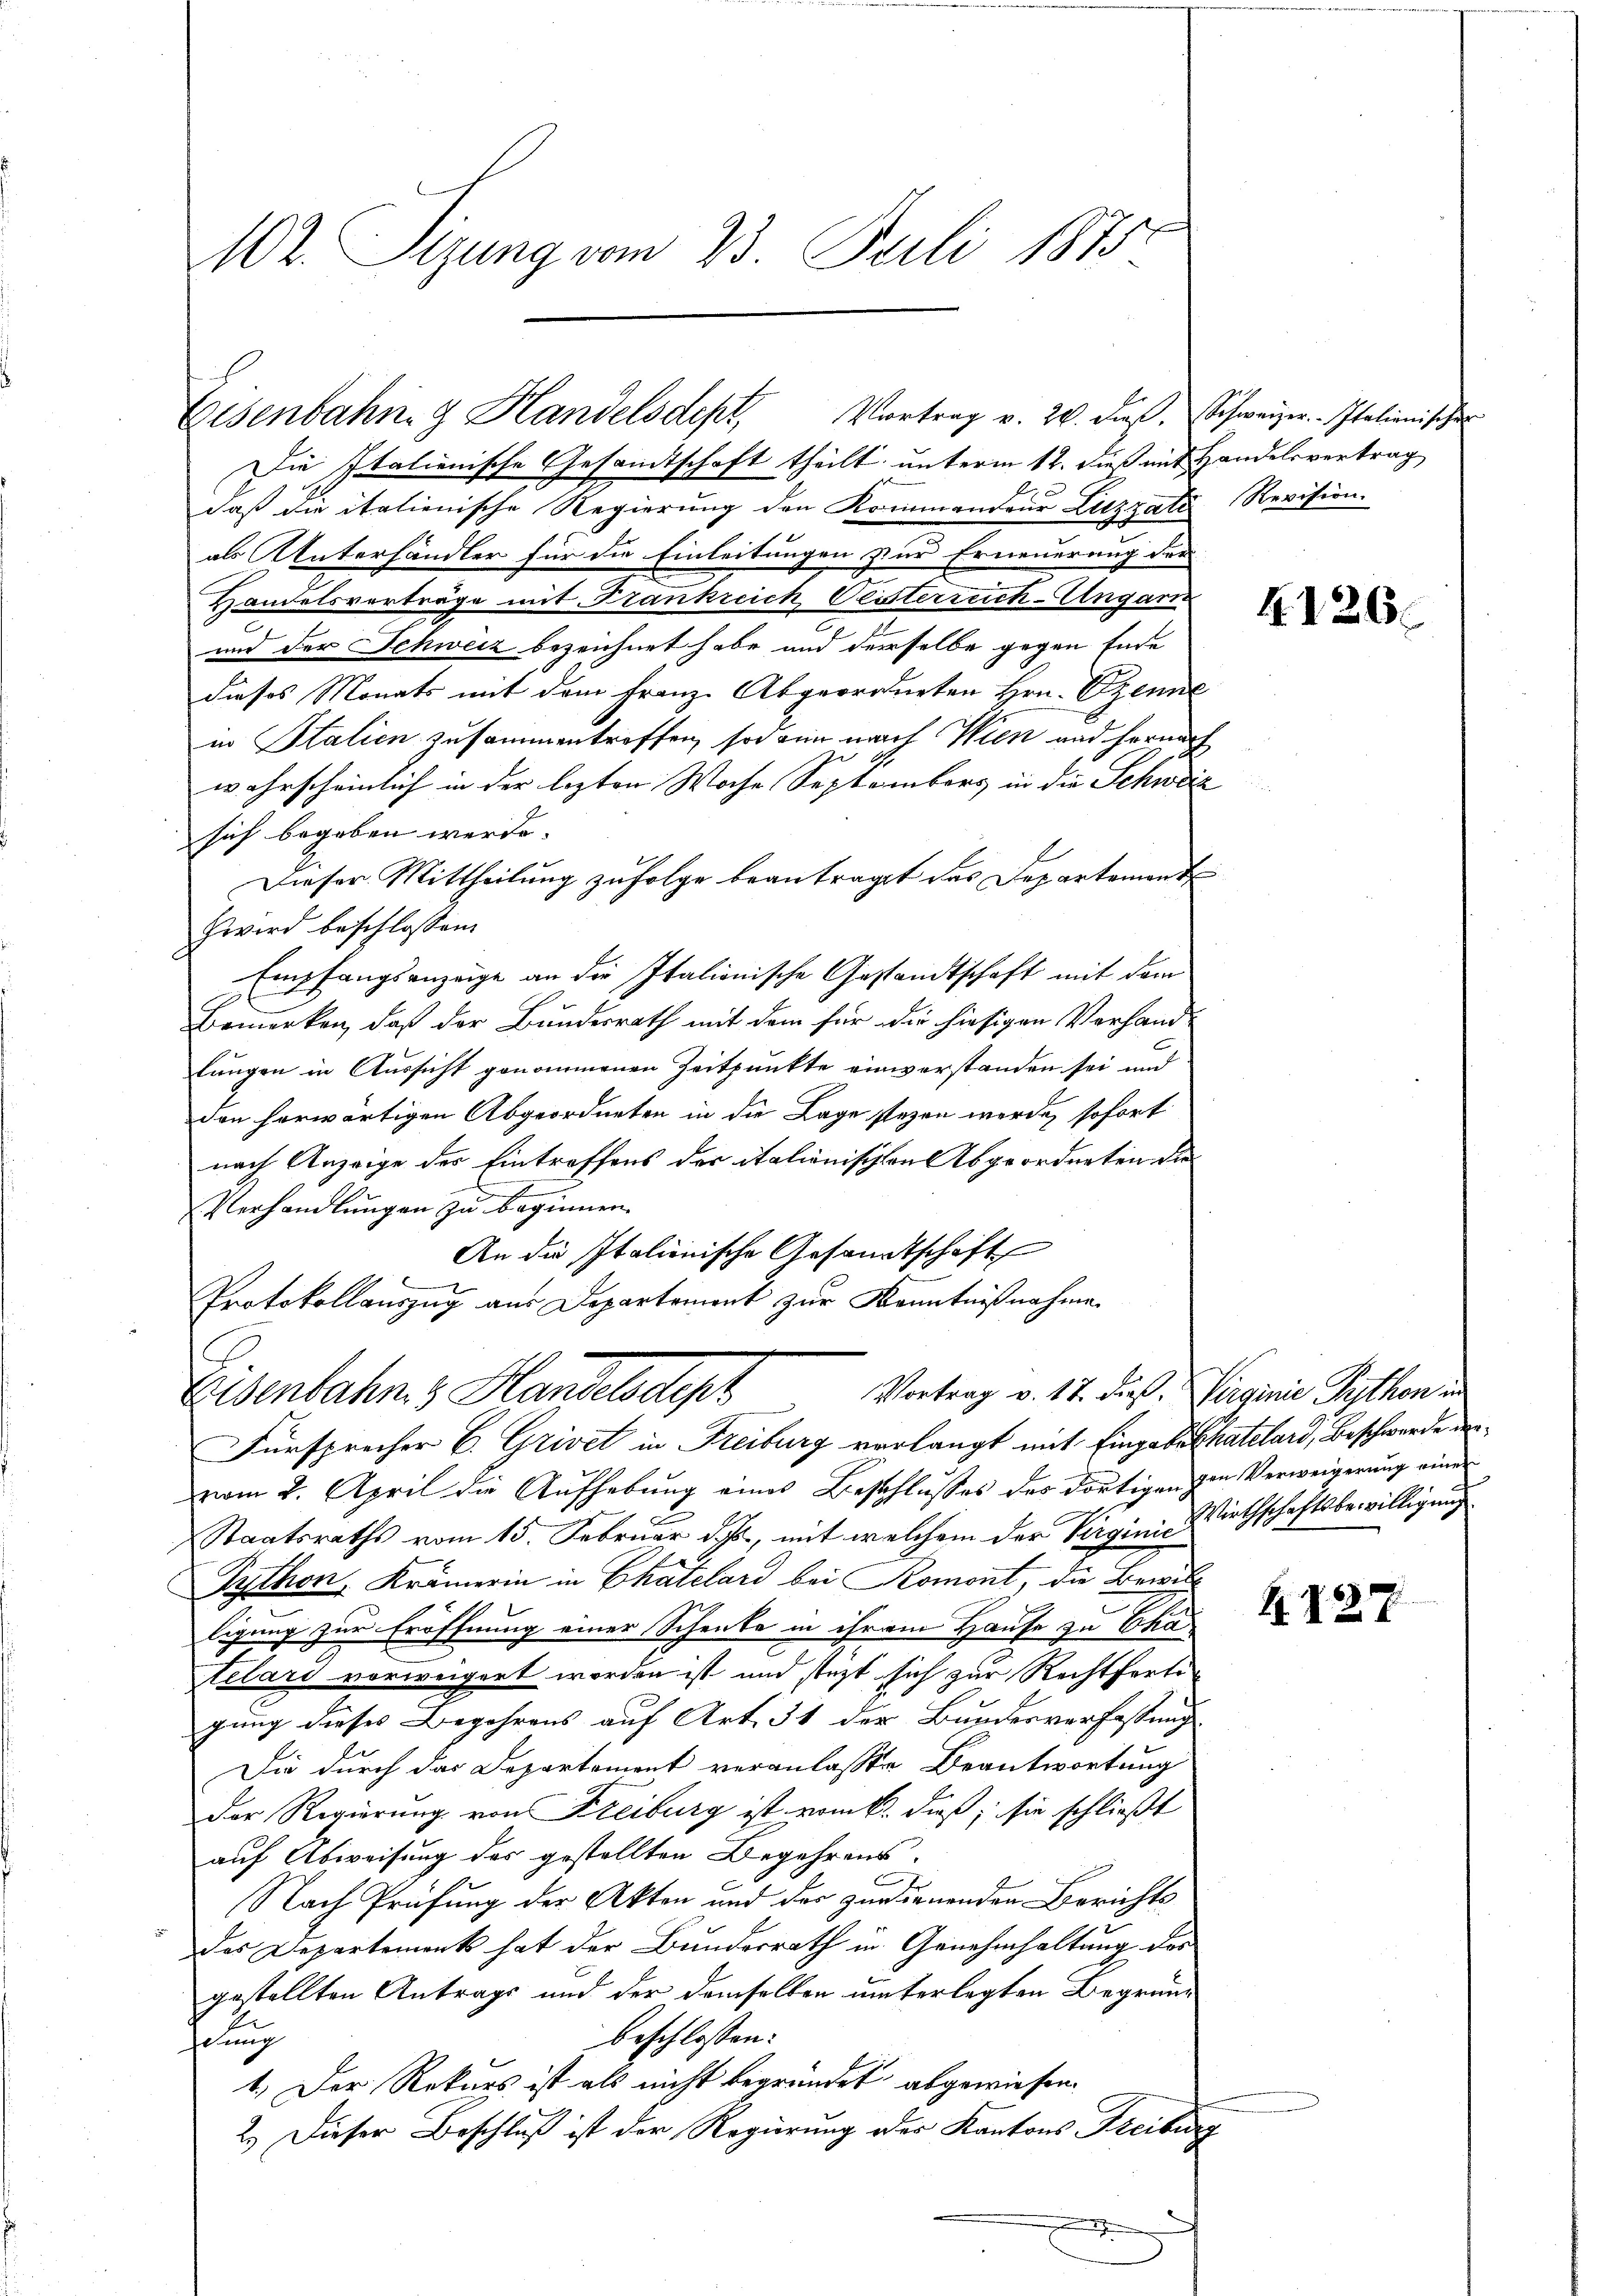
102. Sizung vom 23. Juli 1875

Eisenbahng Handelsdept Vortrag v. 20. daβ, Schweizer-Italienischer

Die Italienische Gesandtschaft theilt, unterm 12. dieß mit Handelsvertrag
daß die italienische Regierung den Kommandeur Litzzati Revision.
als Unterhändler für die Einleitungen zur Erneuerung der
Handelsverträge mit Frankreich Pesterreich-Ungarin
und der Schweiz bezeichnet habe und derselbe gegen Ende
dieses Monats mit dem Franz. Abgeordneten Hrn. Szene
in Stalien zusammentreffen, sodann nach Wien und hernach
wahrscheinlich in der lezten Woche Septembers in die Schweiz
sich begeben werde.
Dieser Mittheilung zufolge beantraget das Departement
zwird beschlossen:
Empfangsanzeige an die Italionische Gestandtschaft mit dem
Bemerken, daß der Bundesrath mit dem für die hiesigen Verhandlungen in Aussicht genommenen Zeitpunkte einverstanden sei und
den herwärtigen Abgeordneten in die Lage stehen werde, sofort
nach Anzeige der Eintreffens der italionischen Abgeordneten die
Verhandlungen zu beginnen.
An die Italienische Gesandtschaft
Protokollauszug aus Departement zur Kenntnißnahme
Vortrag v. 17. dieß Virginie Python in
Eisenbahn & Handelsdept
Fürsprecher C. Grivet in Freiburg verlangt mit Eingabe thatelard, Beschwerde dervom 2. April die Aufhebung eines Beschlusses des dortigen von Verweigerung einer
Staatsraths vom 15. Februar d. J., mit welchem der Verginie Wirthschaftsbewilligung
Pythen, Krämerin in Chatelard bei Romont, die Bewilligung zur Eröffnung einer Scheute in ihrem Hause zu Ekas
telard vorweigert worden ist und steht sich zur Rechtferte
gung dieses Begehrens auf Art. 31 der Bundesverfassung
Die durch das Departement veranlasste Beantwortung
Der Regierung von Freiburg ist vom k. dieß, sie schließt
auf Abweisung des gestellten Begehrens.
Nach Prüfung der Akten und der zuruenenden Berichts
des Departement hat der Bundesrath in Genehmhaltung des
gestellten Antrags und der demselben unterlegten Begrünbeschlossen:
schung
1. Der Rekurs ist als nicht begründet abgewiesen.
2.) Dieser Beschluß ist der Regierung oder Kantons Freiburg

4.126.

4. 127